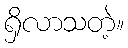
ရှိလာသတဲ့။